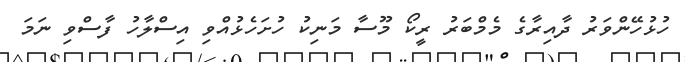
ހުޅުހޭންވަރު ދާއިރާގެ މެމްބަރު ރީކޯ މޫސާ މަނިކު ހުށަަހެޅުއްވި އިސްލާހު ފާސްވި ނަމަ